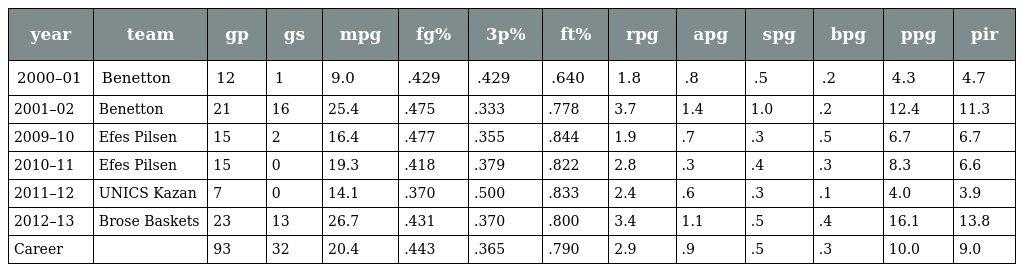
| year | team | gp | gs | mpg | fg% | 3p% | ft% | rpg | apg | spg | bpg | ppg | pir |
 | --- | --- | --- | --- | --- | --- | --- | --- | --- | --- | --- | --- | --- | --- |
 | 2000–01 | Benetton | 12 | 1 | 9.0 | .429 | .429 | .640 | 1.8 | .8 | .5 | .2 | 4.3 | 4.7 |
 | 2001–02 | Benetton | 21 | 16 | 25.4 | .475 | .333 | .778 | 3.7 | 1.4 | 1.0 | .2 | 12.4 | 11.3 |
 | 2009–10 | Efes Pilsen | 15 | 2 | 16.4 | .477 | .355 | .844 | 1.9 | .7 | .3 | .5 | 6.7 | 6.7 |
 | 2010–11 | Efes Pilsen | 15 | 0 | 19.3 | .418 | .379 | .822 | 2.8 | .3 | .4 | .3 | 8.3 | 6.6 |
 | 2011–12 | UNICS Kazan | 7 | 0 | 14.1 | .370 | .500 | .833 | 2.4 | .6 | .3 | .1 | 4.0 | 3.9 |
 | 2012–13 | Brose Baskets | 23 | 13 | 26.7 | .431 | .370 | .800 | 3.4 | 1.1 | .5 | .4 | 16.1 | 13.8 |
 | Career |  | 93 | 32 | 20.4 | .443 | .365 | .790 | 2.9 | .9 | .5 | .3 | 10.0 | 9.0 |